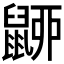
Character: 𪕚